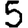
Digit: 5